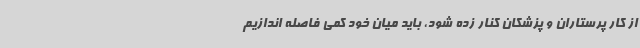
از کار پرستاران و پزشکان کنار زده شود، باید میان خود کمی فاصله اندازیم